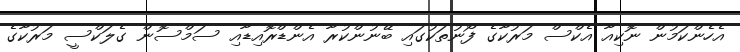
އެހެންކަމުން ނޮކިއާ އެކްސް މަރުކާގެ ފޯނުތަކުގައި ބޭނުންކުރާ އެންޑްރޮއިޑާއި ސަމްސޮން ގެލަކްސީ މަރުކާގެ